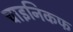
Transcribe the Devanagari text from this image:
चाइनिकफ